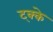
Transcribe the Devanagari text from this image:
ट्क्के